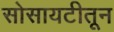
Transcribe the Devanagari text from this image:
सोसायटीतून